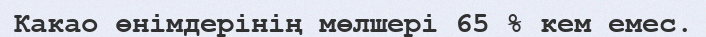
Какао өнімдерінің мөлшері 65 % кем емес.